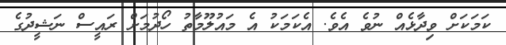
ކަމަކަށް ވިދާޅެއް ނުވެ އެވެ. އެކަމަކު އެ މައުލޫމާތު ހޯދުމަށް ރައީސް ނަޝީދުގެ